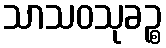
သာသဝသုခဉ္စ